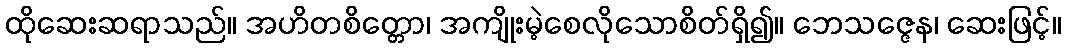
ထိုဆေးဆရာသည်။ အဟိတစိတ္တော၊ အကျိုးမဲ့စေလိုသောစိတ်ရှိ၍။ ဘေသဇ္ဇေန၊ ဆေးဖြင့်။